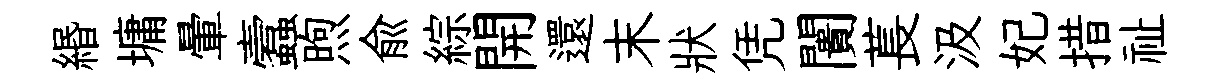
緡墉暈蠧煦俞綜開還末狀凭闠萇汲妃措祉